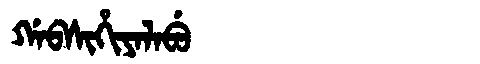
Manchu: ᡤᠠᠪᠰᡳᡥᡳᠶᠠᠯᠠᠪᡠ
Romanization: GABSIHIYALABU